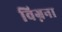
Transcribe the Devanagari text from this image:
विग्नना